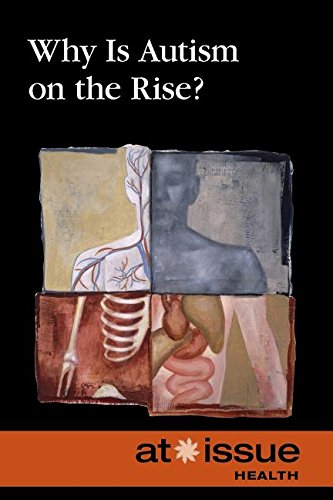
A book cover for Why Is Autism on Rise? (At Issue); Clay Farris Naff; Teen & Young Adult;